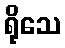
ရိုသေ